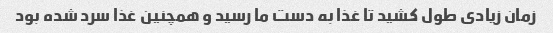
زمان زیادی طول کشید تا غذا به دست ما رسید و همچنین غذا سرد شده بود